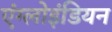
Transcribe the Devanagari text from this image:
एंग्लोइंडियन